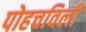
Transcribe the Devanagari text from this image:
पोहचविली